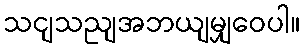
သငျသညျအဘယျမျှဝေပါ။